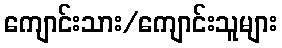
ကျောင်းသား/ကျောင်းသူများ